Plague in India, 1896, 1897 - Volume 2
Year: 1896
Disease focus: Plague
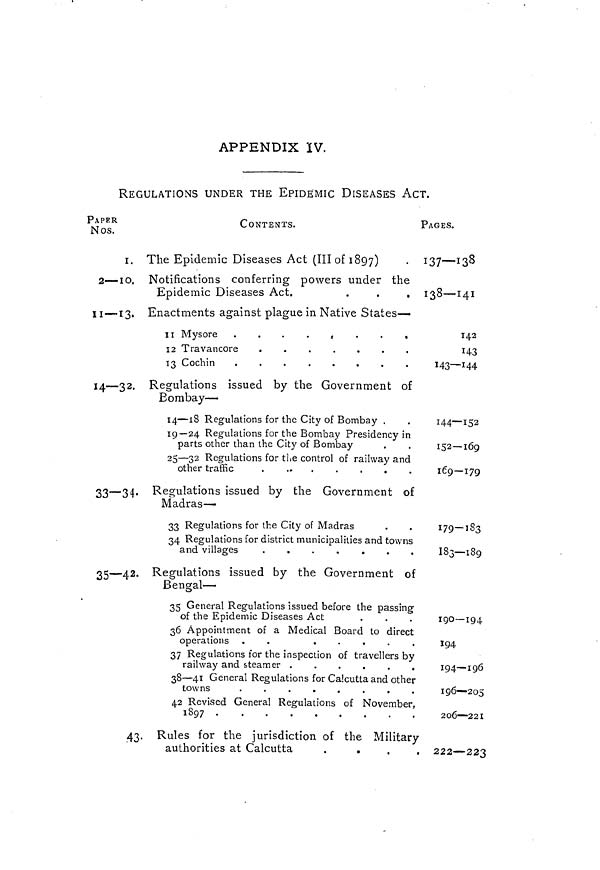
APPENDIX IV.
REGULATIONS UNDER THE EPIDEMIC DISEASES ACT.
PAPER
Nos.
2—10.
11 — 13.
14—32.
33—34.
35—42.
43.
CONTENTS.
The Epidemic Diseases Act (III of 1897)
Notifications conferring powers under the
Epidemic Diseases Act.
.
.
,
Enactments against plague in Native States—
12 Travancore
Regulations issued by the Government of
Bombay—
14—18 Regulations for the City of Bombay .
19—24 Regulations for the Bombay Presidency in
parts other than the City of Bombay
25—32 Regulations for the control of railway and
other traffic
Regulations issued by the Government of
Madras—
33 Regulations for the City of Madras
34 Regulations for district municipalities and towns
Regulations issued by the Government of
Bengal—
35 General Regulations issued before the passing
of the Epidemic Diseases Act
36 Appointment of a Medical Board to direct
operations .
.
.
.
.
.
37 Regulations for the inspection of travellers by
railway and steamer
38—41 General Regulations for Calcutta and other
42 Revised General Regulations of November,
1897
Rules for the jurisdiction of the Military
authorities at Calcutta
.
PAGES.
137—138
138—141
142
143
143—144
144—152
152—169
169—179
179-183
183—189
190—194
194
194—196
196—205
206—221
222—223